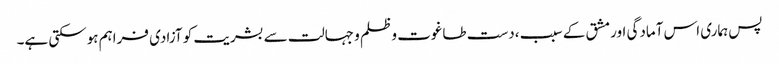
پس ہماری اس آمادگی اور مشق کے سبب ،دست طاغوت و ظلم و جہالت سے بشریت کو آزادی فراہم ہوسکتی ہے۔